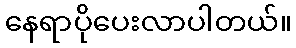
နေရာပိုပေးလာပါတယ်။